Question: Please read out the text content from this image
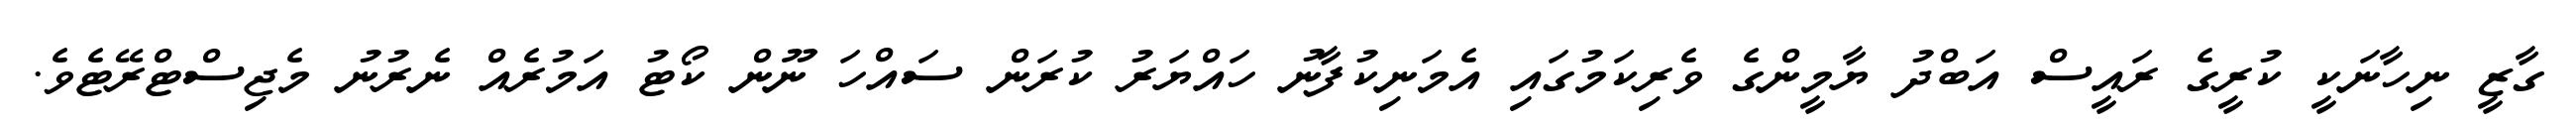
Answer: ގާޒީ ނިހާނަކީ ކުރީގެ ރައީސް އަބްދު ޔާމީންގެ ވެރިކަމުގައި އެމަނިކުފާނު ހައްޔަރު ކުރަން ސައްހަ ނޫން ކޯޓު އަމުރެއް ނެރުނު މެޖިސްޓްރޭޓެވެ.